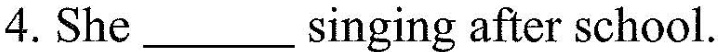
4.She ___ singing after school.